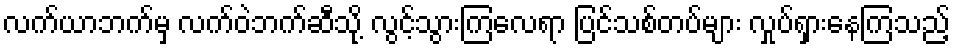
လက်ယာဘက်မှ လက်ဝဲဘက်ဆီသို့ လွင့်သွားကြလေရာ ပြင်သစ်တပ်များ လှုပ်ရှားနေကြသည့်